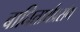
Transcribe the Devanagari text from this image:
बाधितार्थप्रसंग